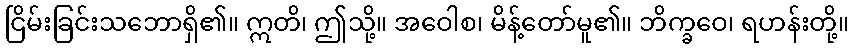
ငြိမ်းခြင်းသဘောရှိ၏။ ဣတိ၊ ဤသို့။ အဝေါစ၊ မိန့်တော်မူ၏။ ဘိက္ခဝေ၊ ရဟန်းတို့။